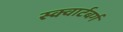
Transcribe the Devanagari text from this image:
स्क्वार्टबर्ग